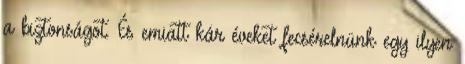
a biztonságot. És emiatt kár éveket fecsérelnünk egy ilyen